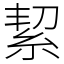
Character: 絜